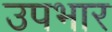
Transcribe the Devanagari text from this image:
उपभार